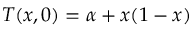
T ( x , 0 ) = \alpha + x ( 1 - x )